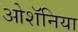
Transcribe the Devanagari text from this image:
ओशॅनिया